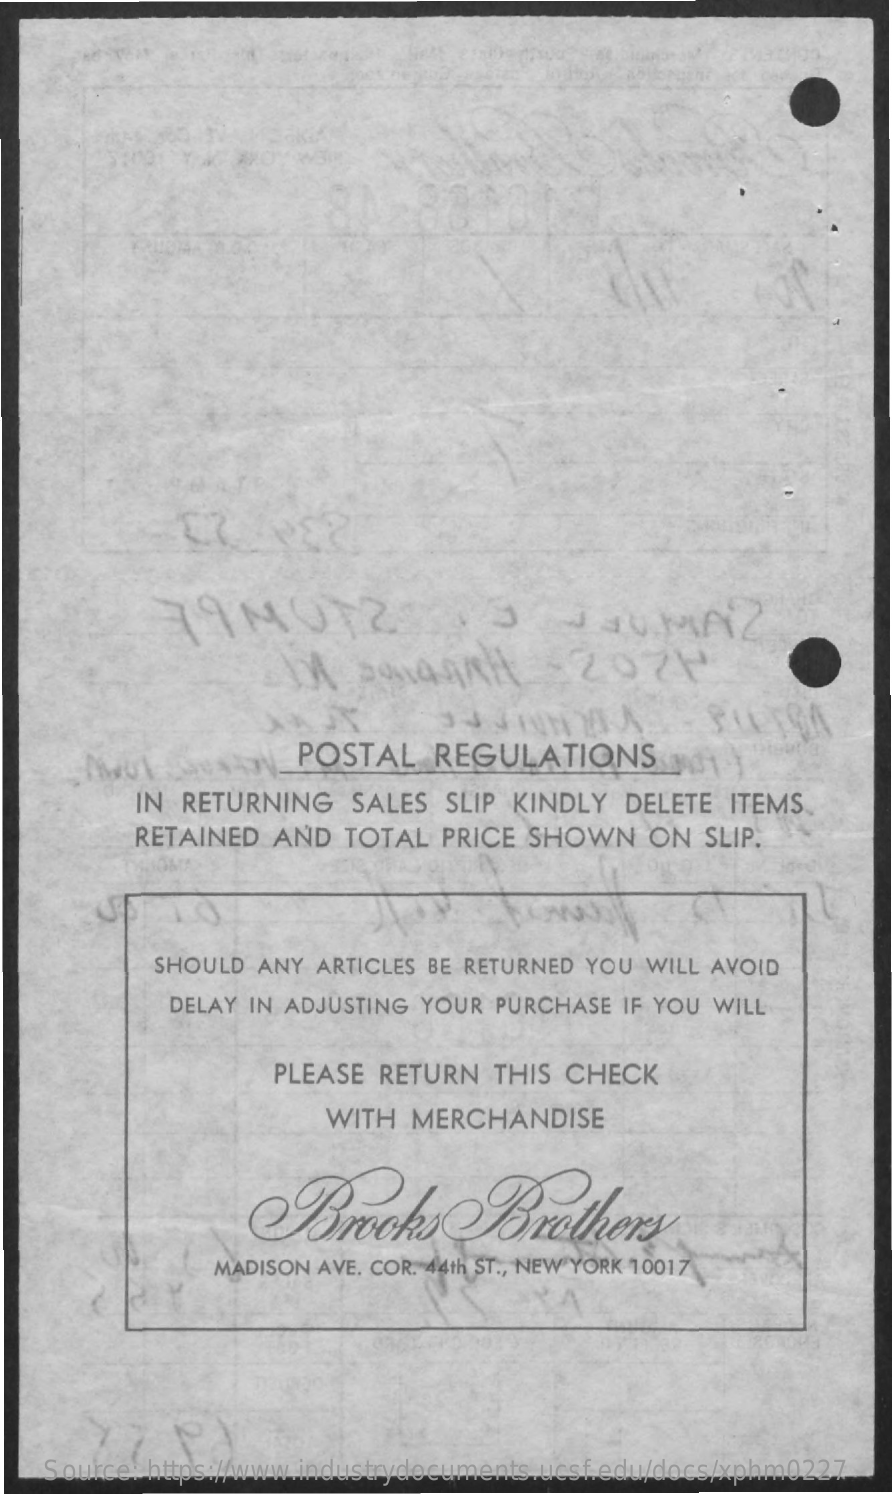
POSTAL    REGULATIONS
     IN RETURNING    SALES  SLIP KINDLY  DELETE  ITEMS
     RETAINED  AND  TOTAL   PRICE SHOWN    ON  SLIP.
     SHOULD ANY ARTICLES BE RETURNED YOU WILL AVOID
     DELAY IN ADJUSTING YOUR PURCHASE IF YOU WILL
     PLEASE  RETURN  THIS CHECK
     WITH  MERCHANDISE
     Brooks    Brothers
     MADISON AVE. COR. 44th ST ., NEW YORK 10017
    Source: https://www.industrydocuments.ucsf.edu/docs/xphm0227